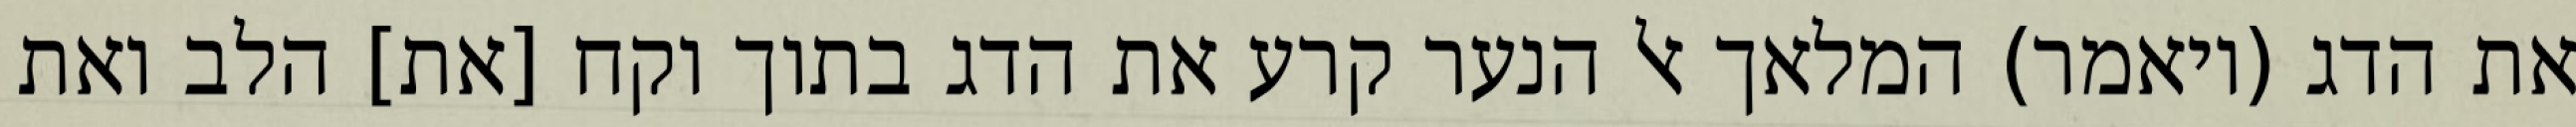
את הדג (ויאמר) המלאך אל הנער קרע את הדג בתוך וקח [את] הלב ואת